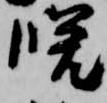
晩